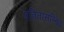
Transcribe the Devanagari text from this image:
पतितासन्निध